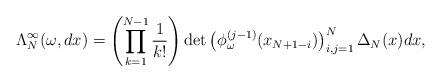
LaTeX: \begin{align*}\Lambda_N^{\infty}(\omega,dx)=\left(\prod_{k=1}^{N-1}\frac{1}{k!}\right)\det \left(\phi_{\omega}^{(j-1)}(x_{N+1-i})\right)^N_{i,j=1}\Delta_N(x)dx,\end{align*}